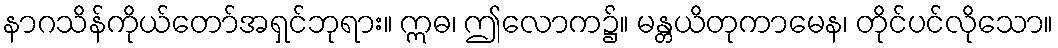
နာဂသိန်ကိုယ်တော်အရှင်ဘုရား။ ဣဓ၊ ဤလောက၌။ မန္တယိတုကာမေန၊ တိုင်ပင်လိုသော။